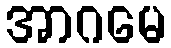
အာဂမေ